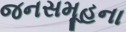
જનસમૂહના